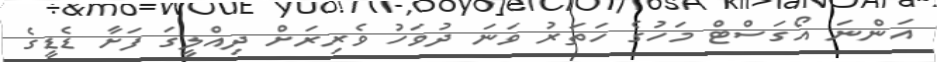
އަންނަ އޯގަސްޓް މަހުގެ ހަތަރު ވަނަ ދުވަހު ވެރިރަށް ދިއްލީގަ ފަށާ ޑެޑީގެ